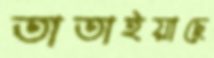
তাতাইয়াছে